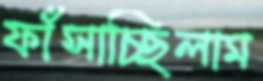
ফাঁসাচ্ছিলাম